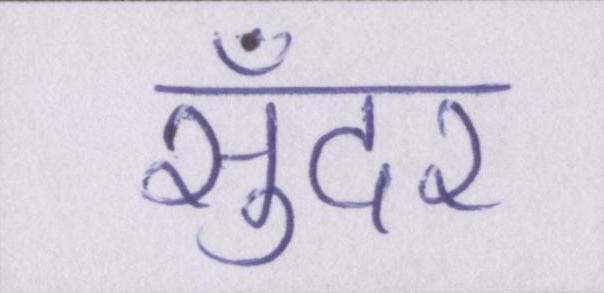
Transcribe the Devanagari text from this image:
सुँदर